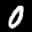
Label: 0